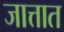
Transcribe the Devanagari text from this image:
जात्तात